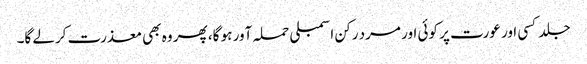
جلد کسی اور عورت پر کوئی اور مرد رکن اسمبلی حملہ آور ہو گا، پھر وہ بھی معذرت کرلے گا۔